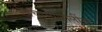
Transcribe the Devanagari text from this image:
विचारप्रणालींना